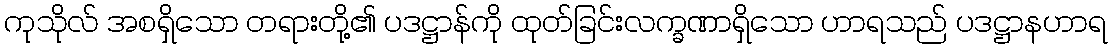
ကုသိုလ် အစရှိသော တရားတို့၏ ပဒဋ္ဌာန်ကို ထုတ်ခြင်းလက္ခဏာရှိသော ဟာရသည် ပဒဋ္ဌာနဟာရ